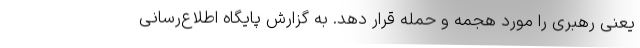
یعنی رهبری را مورد هجمه و حمله قرار دهد. به گزارش پایگاه اطلاع‌رسانی